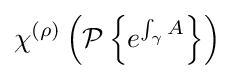
\chi ^{(\rho )}\left({\mathcal {P}}\left\{e^{\int _{\gamma }A}\right\}\right)